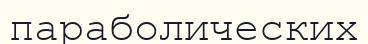
параболических